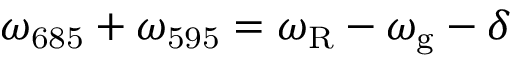
\omega _ { \mathrm { 6 8 5 } } + \omega _ { \mathrm { 5 9 5 } } = \omega _ { \mathrm { R } } - \omega _ { \mathrm { g } } - \delta